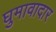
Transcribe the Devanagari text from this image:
घुमावादार